Elephants and their diseases
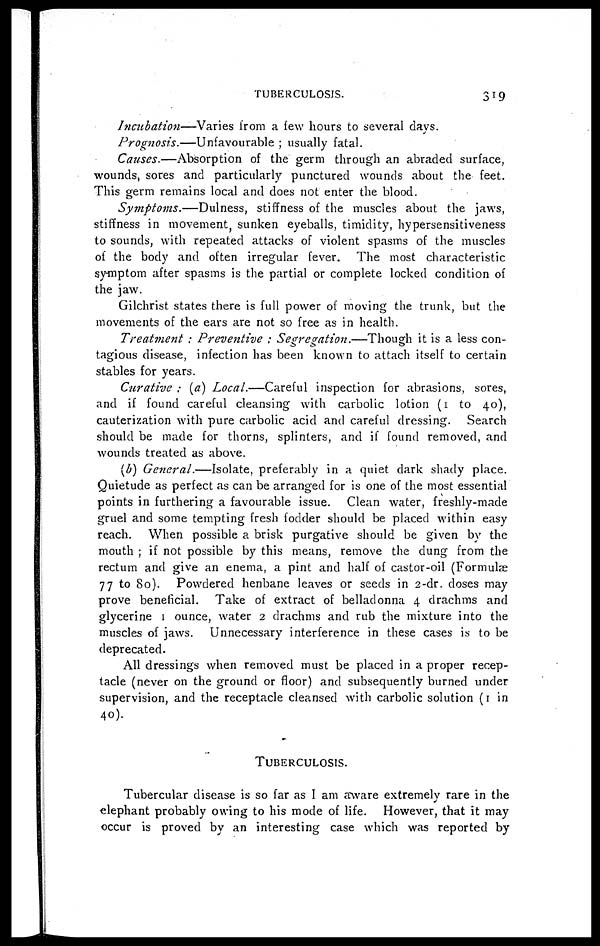
TUBERCULOSIS.
319
Incubation—Varies from a few hours to several days.
Prognosis.—Unfavourable
; usually fatal.
Causes.—Absorption
of the germ through an abraded surface,
wounds, sores and particularly punctured wounds about the feet.
This germ remains local and does not enter the blood.
Symptoms.—Dulness,
stiffness of the muscles about the jaws,
stiffness in movement, sunken eyeballs, timidity, hypersensitiveness
to sounds, with repeated attacks of violent spasms of the muscles
of the body and often irregular fever. The most characteristic
symptom after spasms is the partial or complete locked condition of
the jaw.
Gilchrist states there is full power of moving the trunk, but the
movements of the ears are not so free as in health.
Treatment : Preventive : Segregation.—Though
it is a less con-
tagious disease, infection has been known to attach itself to certain
stables for years.
Curative : (a) Local.—Careful inspection for abrasions, sores,
and if found careful cleansing with carbolic lotion (1 to 40),
cauterization with pure carbolic acid and careful dressing. Search
should be made for thorns, splinters, and if found removed, and
wounds treated as above.
(b) General.—Isolate, preferably in a quiet dark shady place.
Quietude as perfect as can be arranged for is one of the most essential
points in furthering a favourable issue. Clean water, freshly-made
gruel and some tempting fresh fodder should be placed within easy
reach. When possible a brisk purgative should be given by the
mouth ; if not possible by this means, remove the dung from the
rectum and give an enema, a pint and half of castor-oil (Formulae
77 to 80). Powdered henbane leaves or seeds in 2-dr. closes may
prove beneficial. Take of extract of belladonna 4 drachms and
glycerine 1 ounce, water 2 drachms and rub the mixture into the
muscles of jaws. Unnecessary interference in these cases is to be
deprecated.
All dressings when removed must be placed in a proper recep-
tacle (never on the ground or floor) and subsequently burned under
supervision, and the receptacle cleansed with carbolic solution (1 in
40).
TUBERCULOSIS.
Tubercular disease is so far as I am aware extremely rare in the
elephant probably owing to his mode of life. However, that it may
occur is proved by an interesting case which was reported by